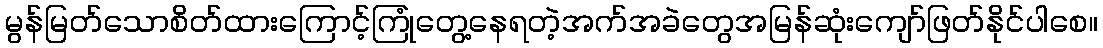
မွန်မြတ်သောစိတ်ထားကြောင့်ကြုံတွေ့နေရတဲ့အက်အခဲတွေအမြန်ဆုံးကျော်ဖြတ်နိုင်ပါစေ။